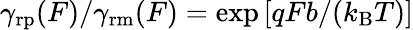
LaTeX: \gamma_{\mathrm{rp}}(F)/\gamma_{\mathrm{rm}}(F)=\exp\left[qFb/(k_{\mathrm{B}}T)\right]